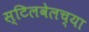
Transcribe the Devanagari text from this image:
स्टिलवेलच्या